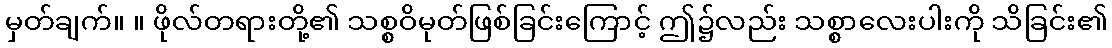
မှတ်ချက်။ ။ ဖိုလ်တရားတို့၏ သစ္စဝိမုတ်ဖြစ်ခြင်းကြောင့် ဤ၌လည်း သစ္စာလေးပါးကို သိခြင်း၏